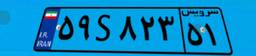
۸۸S۳۴۹۳۶